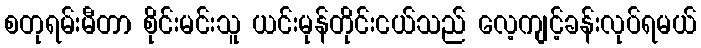
စတုရမ်းမီတာ စိုင်းမင်းသူ ယင်းမုန်တိုင်းငယ်သည် လေ့ကျင့်ခန်းလုပ်ရမယ်